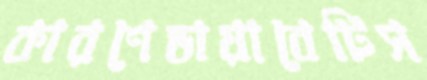
কারণেডায়াবেটিস